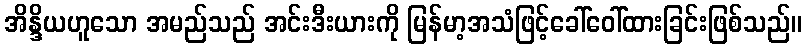
အိန္ဒိယဟူသော အမည်သည် အင်းဒီးယားကို မြန်မာ့အသံဖြင့်ခေါ်ဝေါ်ထားခြင်းဖြစ်သည်။